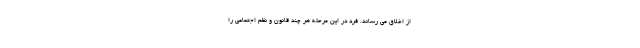
از اخلاق می رساند. فرد در این مرحله هر چند قانون و نظم اجتماعی را